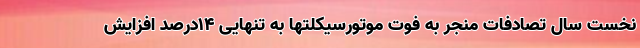
نخست سال تصادفات منجر به فوت موتورسیکلتها به تنهایی 14درصد افزایش